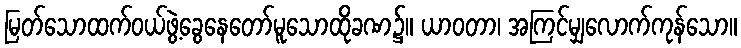
မြတ်သောထက်ဝယ်ဖွဲ့ခွေနေတော်မူသောထိုခဏ၌။ ယာဝတာ၊ အကြင်မျှလောက်ကုန်သော။